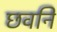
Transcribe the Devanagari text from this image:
छवनि